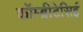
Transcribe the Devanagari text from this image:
कॉम्ब्रीटेसिई